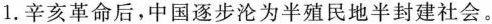
1.辛亥革命后，中国逐步沦为半殖民地半封建社会。